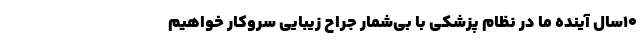
۱۰سال آینده ما در نظام پزشکی با بی‌شمار جراح زیبایی سروکار خواهیم